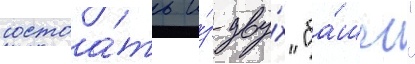
состоа́ть и́з дву́х "ба́шен"